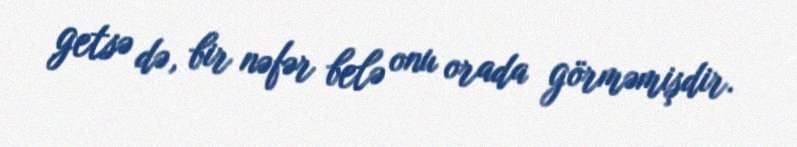
getsə də, bir nəfər belə onu orada görməmişdir.